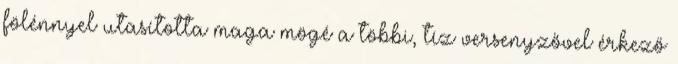
fölénnyel utasította maga mögé a többi, tíz versenyzővel érkező